Report on plague and inoculation in the Punjab from October 1st ... to September 30th..., being the ... season of plague in the province
Disease focus: Plague
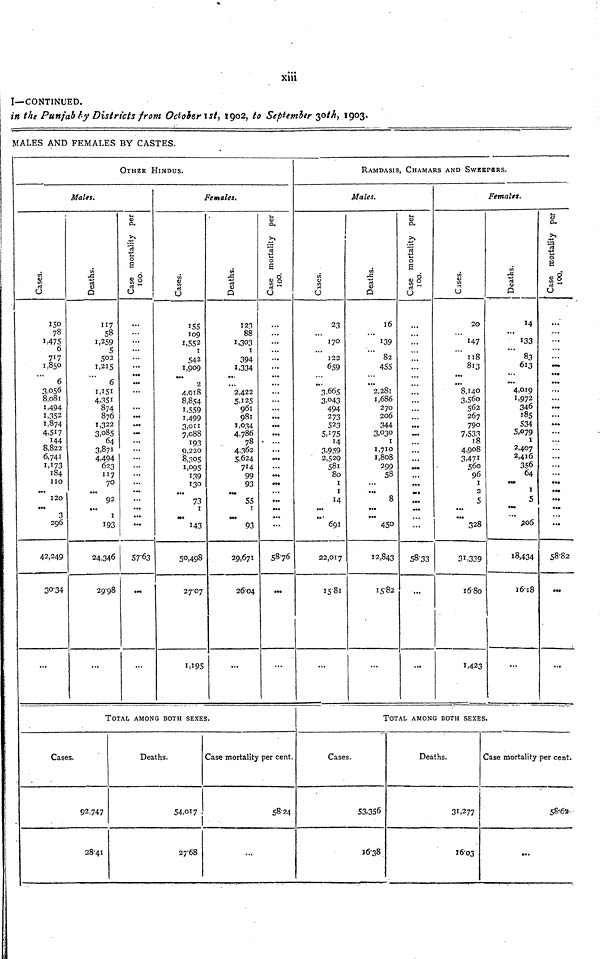
xiii
I—CONTINUED.
in the Punjab by Districts from October 1st, 1902, to September 30th, 1903.
MALES AND FEMALES BY CASTES.
OTHER HINDUS.
Males.
Cases.
150
78
1,475
6
717
1,850
...
6
3,056
8,081
1,494
1,352
1,874
4,517
144
8,822
6,741
1,173
184
110
... 120
...
3
296
42,249
30.34
...
Deaths.
117
58
1,259
5
502
1,215
...
6
1,151
4,351
874
876
1,322
3,085
64
3,871
4,494
623
117
70
... 92
... 1
193
24,346
29.98
...
Case mortality per 100.
...
...
...
...
...
...
... ...
...
...
... ...
...
...
...
...
...
...
...
...
...
...
...
...
...
57.63
...
...
Females.
Cases.
155
109
1,552
1
542
1,909
...
...
4,018
8,854
1,559
1,499
3,011
7,088
193
9,220
8,305
1,095
...
130
...
73
1
...
143
50,498
27.07
1,195
Deaths.
123
88
1,303
1
394
1,334
...
...
2,422
5,125
961
981
1,034
4,786
78
4,362
5,624
714
99
93
...
55
1
...
93
29,671
26.04
...
Case mortality per 100.
...
...
...
...
...
...
...
...
... ...
...
...
14
...
...
...
...
...
... ...
...
...
...
58.76
...
...
TOTAL AMONG BOTH SEXES.
Cases.
92,747
28.41
Deaths.
54,017
27.68
Case mortality per cent.
58.24
...
RAMDASIS, CHAMARS AND SWEEPERS.
Males.
Cases.
23
...
170
...
122
659
...
...
3,665
3,043
494
273
523
5.175
14
3,959
2,529
581
80
1
1
...
...
...
691
22,017
15.81
...
Deaths.
16
...
139
...
82
455
... ...
2,281
1,686
270
206
344
3,030
1
1,710
1,808
299
58
...
... 8
...
...
450
12,843
15.82
...
Case mortality per 100.
...
...
...
...
...
...
...
...
...
...
...
...
...
...
...
...
...
...
...
...
...
...
...
... ...
58.33
...
...
Females.
Cases.
20
...
147
...
118
813
...
...
8,140
3,560
562
267
790
7,533
18
4,908
3,471
560
96
1
2
5
...
...
328
31,339
16.80
1,423
Deaths.
...
...
133
...
83
613
... ...
4,019
1,972
346
185
534
5,079
1
2,407
2,416
356
64
...
1
5
...
...
206
18,434
16.18
...
Case morta
...
...
...
...
...
...
...
...
...
...
...
...
...
...
...
...
...
...
...
...
...
...
...
...
...
58.82
...
...
TOTAL AMONG BOTH SEXES.
Cases.
53,356
16.38
Deaths.
31,277
16.03
Case mortality per cent.
58.62
...